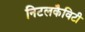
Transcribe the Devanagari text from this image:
निटलकैविटी